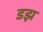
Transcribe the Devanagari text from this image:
डझ